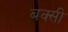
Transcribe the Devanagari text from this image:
बक्सी